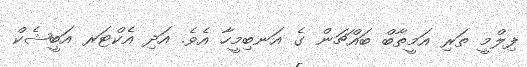
ފިލްމީ ތަރި އަމީތާބް ބައްޗަން ގެ އަނބިމީހާ އެވެ. އަދި އެކްޓަރ އަބީޝެކް